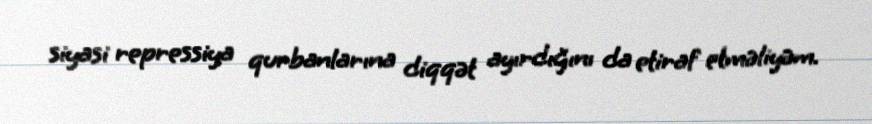
siyasi repressiya qurbanlarına diqqət ayırdığını da etiraf etməliyəm.